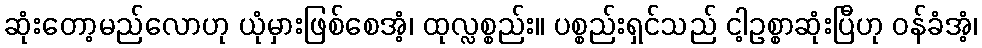
ဆုံးတော့မည်လောဟု ယုံမှားဖြစ်စေအံ့၊ ထုလ္လစ္စည်း။ ပစ္စည်းရှင်သည် ငါ့ဥစ္စာဆုံးပြီဟု ဝန်ခံအံ့၊